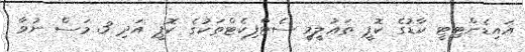
އައިޑެންޓިޓީ ކާޑުގެ ކޮޕީ ތަޢުލީމީ ސެޓްފިކެޓްތަކުގެ ކޮޕީ އަދި 3 މަސް ނުވާ